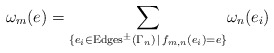
\begin{align*}\omega_m(e) = \underset{\{ e_i \in {\rm Edges}^\pm(\Gamma_n) \, \mid \, f_{m,n}(e_i) = e\}} {\sum}\omega_n(e_i)\end{align*}